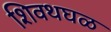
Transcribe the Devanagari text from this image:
शिवथघळ